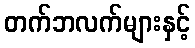
တက်ဘလက်များနှင့်